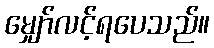
မျှော်လင့်ရပေသည်။